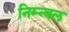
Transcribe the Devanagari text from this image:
निम्न्बल